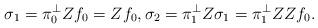
LaTeX: \begin{align*}\sigma_1 = \pi_0^\perp Zf_0 = Zf_0,\sigma_2 = \pi_1^\perp Z\sigma_1=\pi_1^\perp ZZf_0.\end{align*}